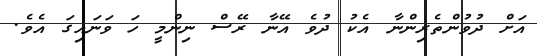
އަށް ދުވުންތެރިންނާ އެކު ދުވެ އޭނާ ރޭސް ނިންމީ ހަ ވަނައިގަ އެވެ.